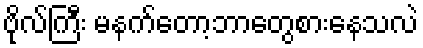
ဗိုလ်ကြီး မနက်တော့ဘာတွေစားနေသလဲ